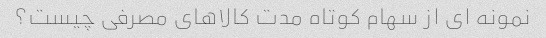
نمونه ای از سهام کوتاه مدت کالاهای مصرفی چیست؟